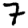
Digit: 7